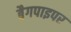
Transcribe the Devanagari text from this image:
बैगपाइपर